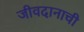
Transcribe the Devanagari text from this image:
जीवदानाची